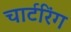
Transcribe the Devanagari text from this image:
चार्टरिंग